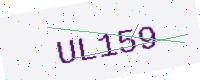
Text: UL159